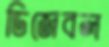
ডিজেবল